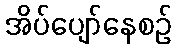
အိပ်ပျော်နေစဉ်